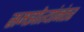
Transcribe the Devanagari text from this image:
समझोत्यांनंतर